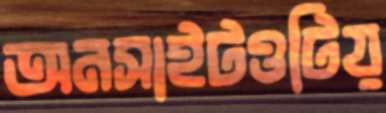
অনসাইটওটিয়